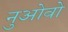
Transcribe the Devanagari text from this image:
नुओवो